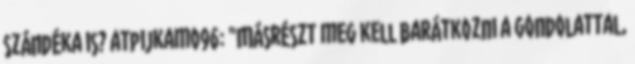
szándéka is? atpijkamo96: "Másrészt meg kell barátkozni a gondolattal,